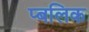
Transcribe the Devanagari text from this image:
प्बलिक